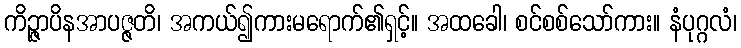
ကိဉ္ဇာပိနအာပဇ္ဇတိ၊ အကယ်၍ကားမရောက်၏ရှင့်။ အထခေါ၊ စင်စစ်သော်ကား။ နံပုဂ္ဂလံ၊